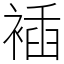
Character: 䙄